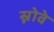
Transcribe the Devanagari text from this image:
स्नोवे